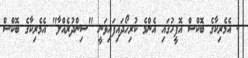
- އެމެރިކާގެ ބޮކްސް އޮފީހުގައި އެންމެ ކުރިހޯދައިފައިވަނީ "ސިންދުރެއްލާ" އެމެރިކާގެ ބޮކްސް